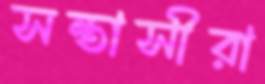
সন্তাসীরা